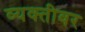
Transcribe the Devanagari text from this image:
व्‍यक्‍तीवर